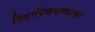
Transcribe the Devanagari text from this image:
मिठापिकवण्याचा